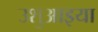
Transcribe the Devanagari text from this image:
उशुआइया